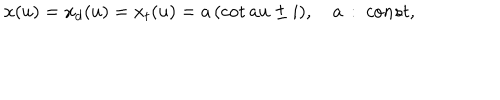
x ( u ) = x _ { d } ( u ) = x _ { t } ( u ) = a \, ( \cot a u \pm i ) , \quad a \, : \ c o n s t ,